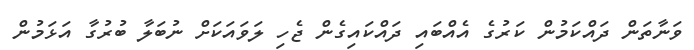
ވަނާތަން ދައްކަމުން ކަރުގެ އެއްބައި ދައްކައިގެން ޖެހި ލަވައަކަށް ނުބަލާ ބުރުގާ އަޅަމުން